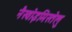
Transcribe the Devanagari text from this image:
नैस्वोइमिस्तेलु